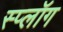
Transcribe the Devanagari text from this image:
स्प्लॉग